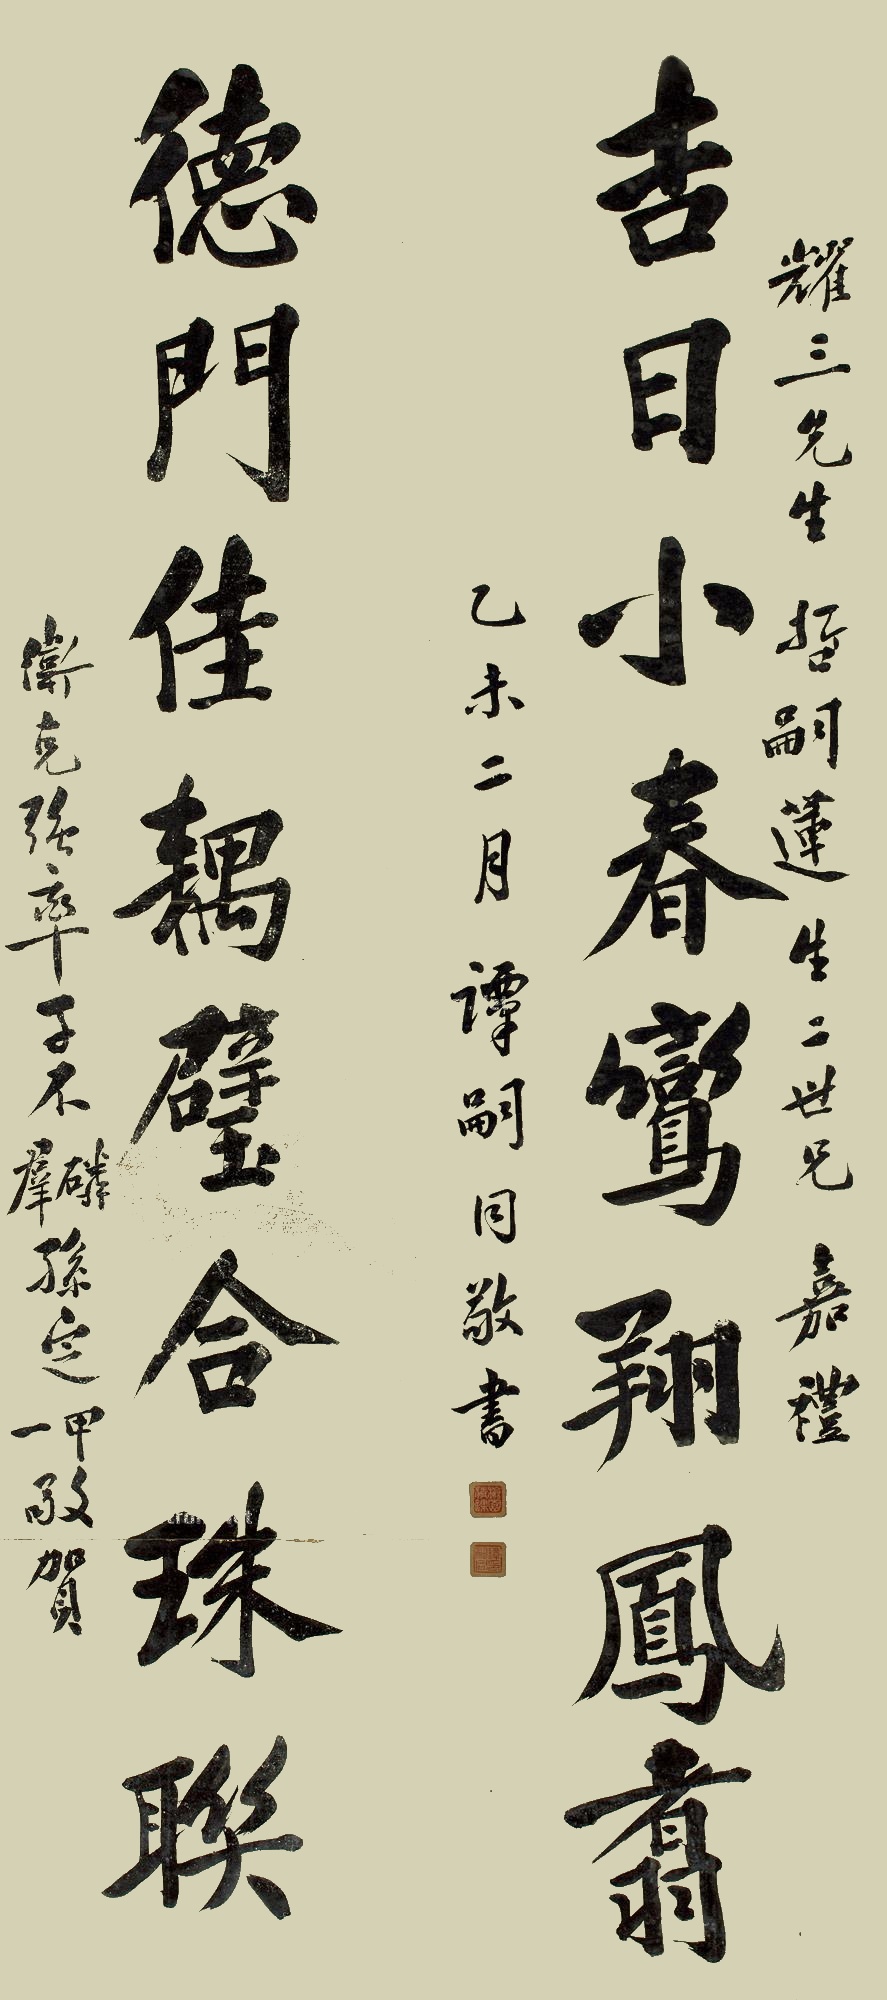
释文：吉日小春鸾翔凤翥，德门佳偶璧合珠联。耀三先生、哲嗣莲生二世兄嘉礼。乙未（1895年）二月，谭嗣同敬书。卫克强率子不群、不磷，孙定一、定甲敬贺。